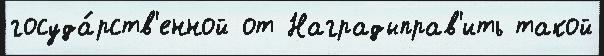
госуда́рств'енной от Наградыправ'ить такой